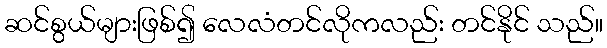
ဆင်စွယ်များဖြစ်၍ လေလံတင်လိုကလည်း တင်နိုင် သည်။